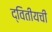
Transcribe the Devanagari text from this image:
द्वितीयची